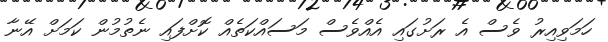
ހަމަވިއިރު ވެސް އެ ރަށުގައި އެއްވެސް މަސައްކަތެއް ކޮށްފައި ނެތުމުން ކަމަށް އޭނާ